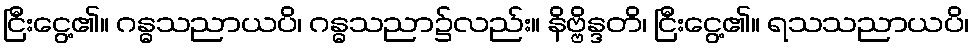
ငြီးငွေ့၏။ ဂန္ဓသညာယပိ၊ ဂန္ဓသညာ၌လည်း။ နိဗ္ဗိန္ဒတိ၊ ငြီးငွေ့၏။ ရသသညာယပိ၊